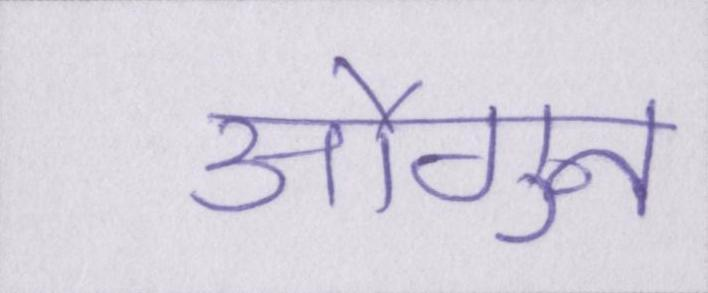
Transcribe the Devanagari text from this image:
औगुन